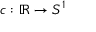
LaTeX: c : \mathbb { R } \to S ^ { 1 }